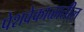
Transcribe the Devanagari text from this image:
पेशवेकाळातील